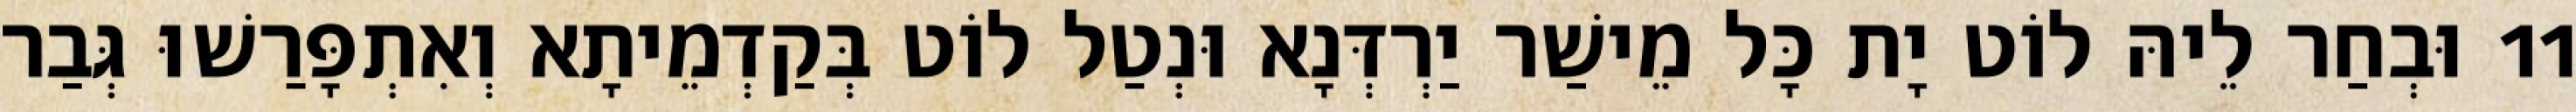
11 וּבְחַר לֵיהּ לוֹט יָת כָּל מֵישַׁר יַרְדְּנָא וּנְטַל לוֹט בְּקַדְמֵיתָא וְאִתְפָּרַשׁוּ גְּבַר